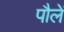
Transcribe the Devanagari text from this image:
पौलें